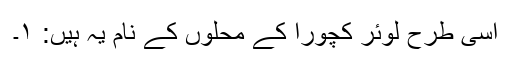
اسی طرح لوئر کچورا کے محلوں کے نام یہ ہیں: ۱۔